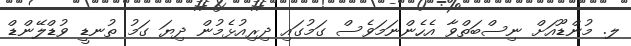
ލ. މުންޑޫއަށް ނިސްބަތްވާ އެހެންނަމަވެސް ގަމުގައި ދިރިއުޅެމުން ދިޔަ ގަމު ތުނޑީ ވުޑްލޭންޑް